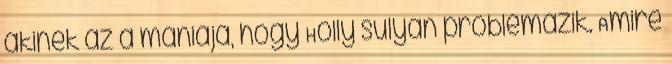
akinek az a mániája, hogy Holly súlyán problémázik. Amire